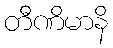
တီဏိမာနိ